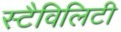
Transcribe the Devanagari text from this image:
स्टैविलिटी